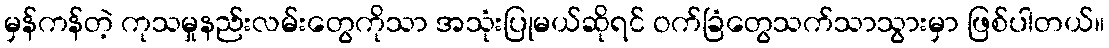
မှန်ကန်တဲ့ ကုသမှုနည်းလမ်းတွေကိုသာ အသုံးပြုမယ်ဆိုရင် ဝက်ခြံတွေသက်သာသွားမှာ ဖြစ်ပါတယ်။